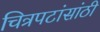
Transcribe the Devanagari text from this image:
चित्रपटांसांठी